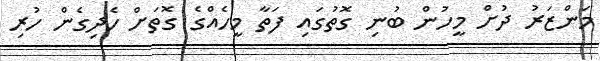
މަންޒަރު ދުށް މީހުން ބުނި ގޮތުގައި ފަތާ މީހެއްގެ ގޮތަށް ހެދިގެން ހުރި